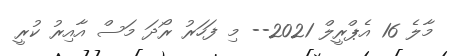
މާލެ 16 އެޕްރީލް 2021-- މި ފަހަރު ރޯދަ މަސް އާއިރު ކުރީ